画像に写った文字を読んでください
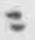
「ニ」と書いてあります